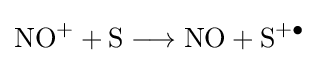
{{\mathrm {NO^{+}} }{}+{}\mathrm {S} {}\mathrel {\longrightarrow } {}{\text{NO}}{}+{}\mathrm {S} {\vphantom {A}}^{+\bullet }}